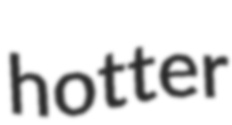
hotter